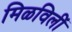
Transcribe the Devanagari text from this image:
मिळविलीं